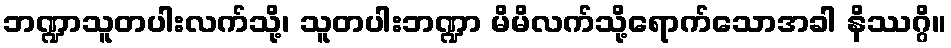
ဘဏ္ဍာသူတပါးလက်သို့၊ သူတပါးဘဏ္ဍာ မိမိလက်သို့ရောက်သောအခါ နိဿဂ္ဂိ။